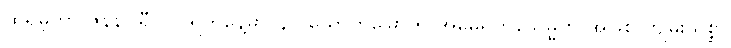
ထရမ့်ဟာ ဇန်နဝါရီ ၂၀ ရက်နေ့မှာ ၄၇ ယောက်မြောက် အမေရိကန်သမ္မတ အဖြစ် ကျမ်းသစ္စာ